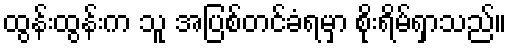
ထွန်းထွန်းက သူ အပြစ်တင်ခံရမှာ စိုးရိမ်ရှာသည်။